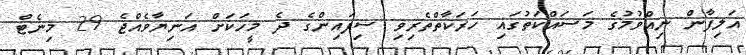
އަލިފާން ނިއްވުމުގެ މަސައްކަތުގައި ހަރަކާތްތެރިވި ސިފައިންގެ ދެ މީހަކަށް އަނިޔާވެއްޖެ 29 މިނެޓް